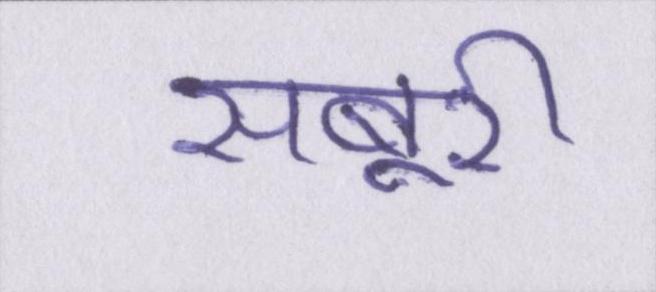
सबूरी